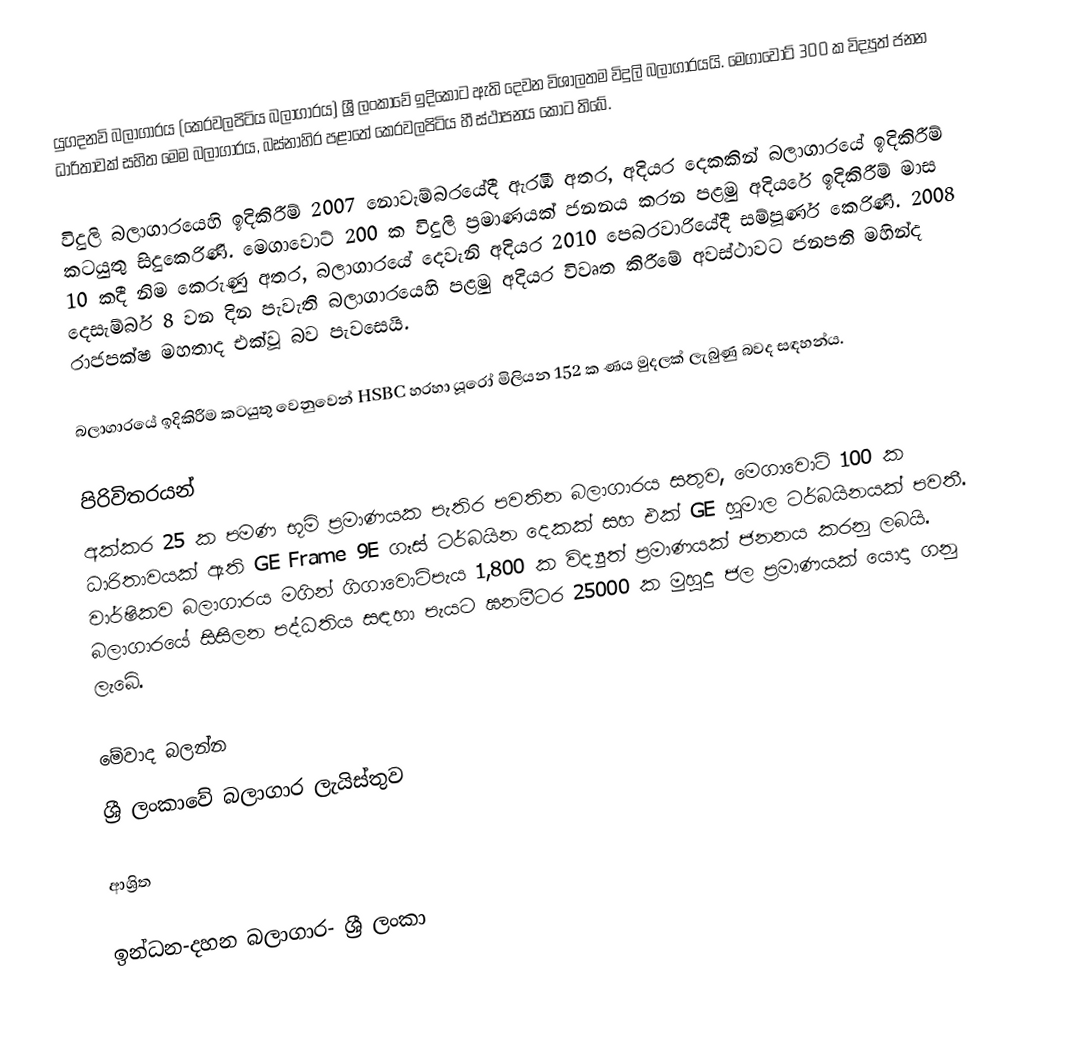
යුගදනවි බලාගාරය (කෙරවලපිටිය බලාගාරය) ශ්‍රී ලංකාවේ ඉදිකොට ඇති දෙවන විශාලතම විදුලි බලාගාරයයි. මෙගාවොට් 300 ක විද්‍යුත් ජනන ධාරිතාවක් සහිත මෙම බලාගාරය, බස්නාහිර පළාතේ කෙරවලපිටිය හී ස්ථාපනය කොට තිබේ.

විදුලි බලාගාරයෙහි ඉදිකිරීම් 2007 නොවැම්බරයේදී ඇරඹි අතර, අදියර දෙකකින් බලාගාරයේ ඉදිකිරීම් කටයුතු සිදුකෙරිණි. මෙගාවොට් 200 ක විදුලි ප්‍රමාණයක් ජනනය කරන පළමු අදියරේ ඉදිකිරීම් මාස 10 කදී නිම කෙරුණු අතර, බලාගාරයේ දෙවැනි අදියර 2010 පෙබරවාරියේදී සම්පූර්ණ කෙරිණි. 2008 දෙසැම්බර් 8 වන දින පැවැති බලාගාරයෙහි පළමු අදියර විවෘත කිරීමේ අවස්ථාවට ජනපති මහින්ද රාජපක්ෂ මහතාද එක්වූ බව පැවසෙයි.

බලාගාරයේ ඉදිකිරීම කටයුතු වෙනුවෙන් HSBC හරහා යූරෝ මිලියන 152 ක ණය මුදලක් ලැබුණු බවද සඳහන්ය.

පිරිවිතරයන්
අක්කර 25 ක පමණ භූමි ප්‍රමාණයක පැතිර පවතින බලාගාරය සතුව, මෙගාවොට් 100 ක ධාරිතාවයක් ඇති GE Frame 9E ගෑස් ටර්බයින දෙකක් සහ එක් GE හුමාල ටර්බයිනයක් පවතී. වාර්ෂිකව බලාගාරය මගින් ගිගාවොට්පැය 1,800 ක විද්‍යුත් ප්‍රමාණයක් ජනනය කරනු ලබයි. බලාගාරයේ සිසිලන පද්ධතිය සඳහා පැයට ඝනමීටර 25000 ක මුහුදු ජල ප්‍රමාණයක් යොදා ගනු ලැබේ.

මේවාද බලන්න
 ශ්‍රී ලංකාවේ බලාගාර ලැයිස්තුව

ආශ්‍රිත

ඉන්ධන-දහන බලාගාර- ශ්‍රී ලංකා